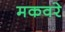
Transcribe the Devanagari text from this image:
मकवरे